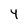
Character: 4